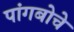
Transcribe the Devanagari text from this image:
पांगबोचे